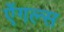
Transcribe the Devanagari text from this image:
ऐंगल्स